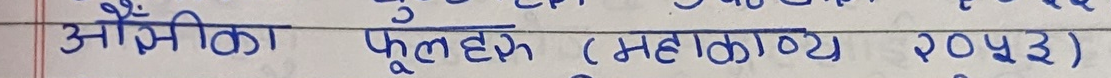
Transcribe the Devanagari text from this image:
अम्बिका फूलहक (महाकाव्य २०४३)